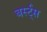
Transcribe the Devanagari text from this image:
बर्स्ट्स